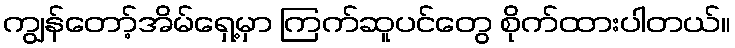
ကျွန်တော့်အိမ်ရှေ့မှာ ကြက်ဆူပင်တွေ စိုက်ထားပါတယ်။